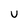
Character: u